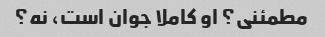
مطمئنی؟ او کاملا جوان است، نه؟